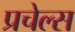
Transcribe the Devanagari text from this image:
प्रचेल्स